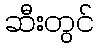
ဆီးတွင်